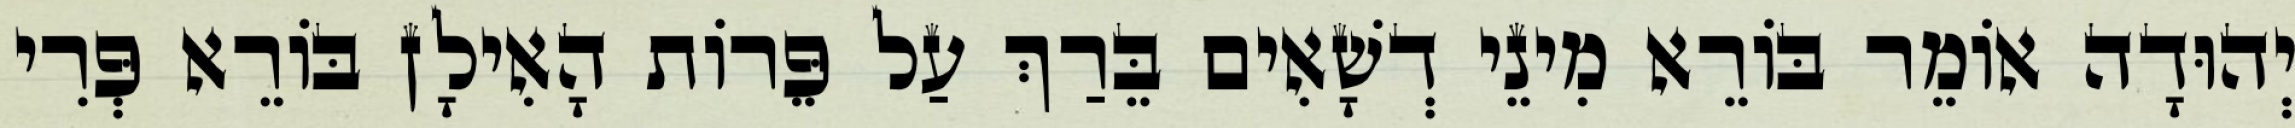
יְהוּדָה אוֹמֵר בּוֹרֵא מִינֵי דְשָׁאִים בֵּרַךְ עַל פֵּרוֹת הָאִילָן בּוֹרֵא פְּרִי